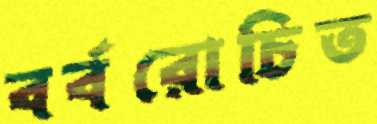
বর্বরোচিত